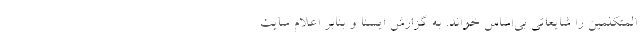
المتکلمین را شایعاتی بی‌اساس خواند. به گزارش ایسنا و بنابر اعلام سایت